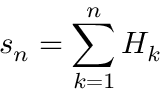
s _ { n } = \sum _ { k = 1 } ^ { n } H _ { k }